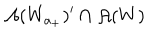
\mathcal { A } ( W _ { a _ { + } } ) ^ { \prime } \cap \mathcal { A } ( W )